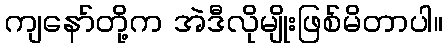
ကျနော်တို့က အဲဒီလိုမျိုးဖြစ်မိတာပါ။